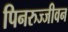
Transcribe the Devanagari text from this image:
पिनरुज्जीवन